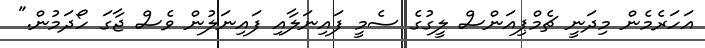
އަހަރެމެން މިދަނީ ޗެމްޕިއަންސް ލީގުގެ ސެމީ ފައިނަލާއި ފައިނަލުން ވެސް ޖާގަ ހޯދަމުން."